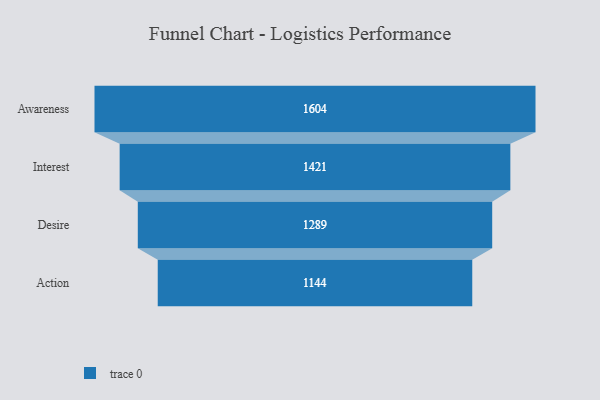
{"axis": {"x": "Stage", "y": "Value"}, "legend": [""], "data": [{"x": "Awareness", "y": 1604.0, "type": ""}, {"x": "Interest", "y": 1421.0, "type": ""}, {"x": "Desire", "y": 1289.0, "type": ""}, {"x": "Action", "y": 1144.0, "type": ""}]}